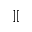
] [